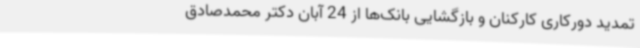
تمدید دورکاری کارکنان و بازگشایی بانک‌ها از 24 آبان دکتر محمدصادق